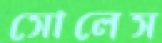
সোলেস